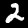
Digit: 2